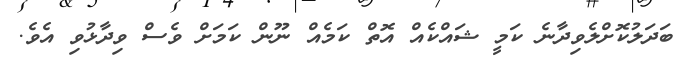
ބަދަލުކޮށްލެވިދާނެ ކަމީ ޝައްކެއް އޮތް ކަމެއް ނޫން ކަމަށް ވެސް ވިދާޅުވި އެވެ.